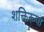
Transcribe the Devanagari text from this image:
शक्तिरूपा